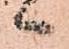
ヽ